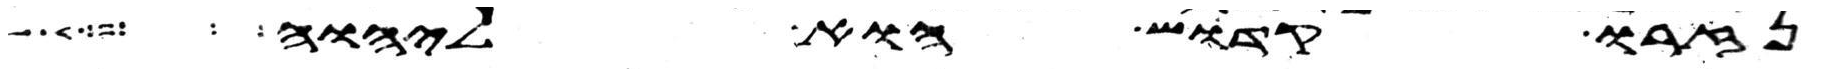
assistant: נזרו קדוש הוא ליהוה